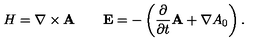
H = \nabla \times { \bf A } \qquad { \bf E } = - \left( \frac { \partial } { \partial t } { \bf A } + \nabla A _ { 0 } \right) .